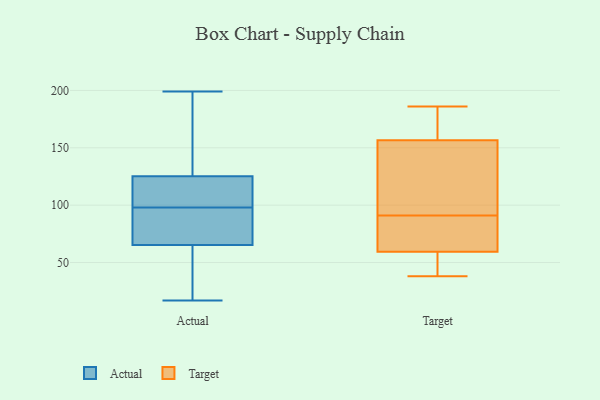
{"axis": {"x": "Revenue (USD Million)", "y": "Value"}, "legend": ["Actual", "Target"], "data": [{"x": "", "y": 141, "type": "Actual"}, {"x": "", "y": 65, "type": "Actual"}, {"x": "", "y": 67, "type": "Actual"}, {"x": "", "y": 102, "type": "Actual"}, {"x": "", "y": 126, "type": "Actual"}, {"x": "", "y": 178, "type": "Actual"}, {"x": "", "y": 98, "type": "Actual"}, {"x": "", "y": 108, "type": "Actual"}, {"x": "", "y": 99, "type": "Actual"}, {"x": "", "y": 17, "type": "Actual"}, {"x": "", "y": 199, "type": "Actual"}, {"x": "", "y": 57, "type": "Actual"}, {"x": "", "y": 123, "type": "Actual"}, {"x": "", "y": 66, "type": "Actual"}, {"x": "", "y": 90, "type": "Actual"}, {"x": "", "y": 68, "type": "Actual"}, {"x": "", "y": 128, "type": "Actual"}, {"x": "", "y": 35, "type": "Actual"}, {"x": "", "y": 65, "type": "Actual"}, {"x": "", "y": 69, "type": "Target"}, {"x": "", "y": 43, "type": "Target"}, {"x": "", "y": 176, "type": "Target"}, {"x": "", "y": 109, "type": "Target"}, {"x": "", "y": 158, "type": "Target"}, {"x": "", "y": 186, "type": "Target"}, {"x": "", "y": 109, "type": "Target"}, {"x": "", "y": 38, "type": "Target"}, {"x": "", "y": 90, "type": "Target"}, {"x": "", "y": 54, "type": "Target"}, {"x": "", "y": 74, "type": "Target"}, {"x": "", "y": 57, "type": "Target"}, {"x": "", "y": 62, "type": "Target"}, {"x": "", "y": 160, "type": "Target"}, {"x": "", "y": 98, "type": "Target"}, {"x": "", "y": 155, "type": "Target"}, {"x": "", "y": 92, "type": "Target"}, {"x": "", "y": 81, "type": "Target"}, {"x": "", "y": 168, "type": "Target"}, {"x": "", "y": 50, "type": "Target"}]}